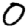
Digit: 0